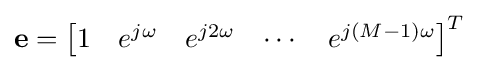
\mathbf {e} ={\begin{bmatrix}1&e^{j\omega }&e^{j2\omega }&\cdots &e^{j(M-1)\omega }\end{bmatrix}}^{T}